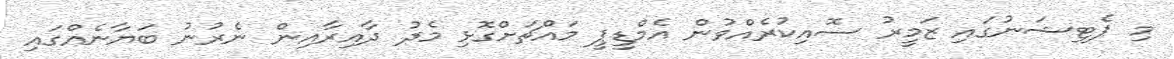
މި ޕެޓިޝަނުގައި ޒަމީރު ސޮއިކުރެއްވުން އެމްޑީޕީ މައްޗަށްގޮޅި މެދު ދާއިރާއިން ނެރުނު ބަޔާނެއްގައި